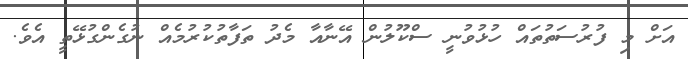
އަށް މި ފުރުސަތުތައް ހުޅުވުނީ ސްކޫލުން އޭނާއާ މެދު ތަފާތުކުރުމެއް ނުގެންގުޅޭތީ އެވެ.